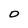
Character: D